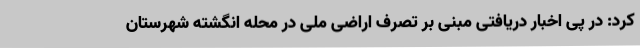
کرد: در پی اخبار دریافتی مبنی بر تصرف اراضی ملی در محله انگشته شهرستان